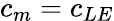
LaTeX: c_{m}=c_{LE}